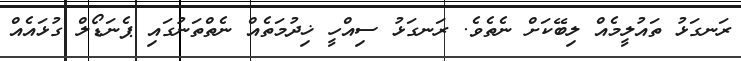
ރަނގަޅު ތައުލީމެއް ލިބޭކަށް ނެތެވެ. ރަނގަޅު ސިއްހީ ޚިދުމަތެއް ނެތްތަނުގައި ޕެނަޑޯލް ގުޅައެއް